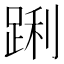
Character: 𮛝